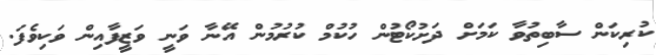
ކުރިކަން ސާބިތުވާ ކަމަށް ދަށުކޯޓުން ހުކުމް ކުރުމުން އޭނާ ވަނީ ވަޒީފާއިން ވަކިވެފަ.